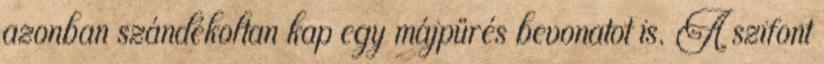
azonban szándékoltan kap egy májpürés bevonatot is. A szifont